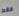
فقط